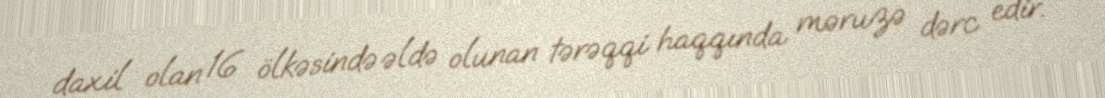
daxil olan 16 ölkəsində əldə olunan tərəqqi haqqında məruzə dərc edir.